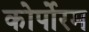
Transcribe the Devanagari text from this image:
कोर्पोरम